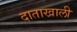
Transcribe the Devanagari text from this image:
दाताखाली